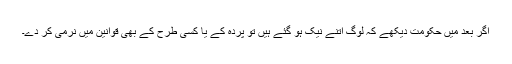
اگر بعد میں حکومت دیکھے کہ لوگ اتنے نیک ہو گئے ہیں تو پردہ کے یا کسی طرح کے بھی قوانین میں نرمی کر دے۔